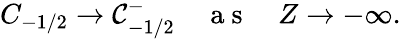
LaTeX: C_{-1/2}\to\mathcal{C}_{-1/2}^{-}\quad\mathrm{~a~s~}\quad Z\to-\infty.